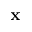
\mathbf { x }